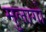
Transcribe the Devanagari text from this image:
मुलागो